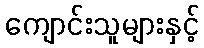
ကျောင်းသူများနှင့်